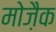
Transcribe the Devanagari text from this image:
मोजै़क